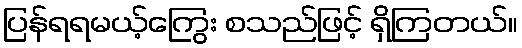
ပြန်ရရမယ့်ကြွေး စသည်ဖြင့် ရှိကြတယ်။